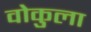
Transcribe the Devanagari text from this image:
वोकुला